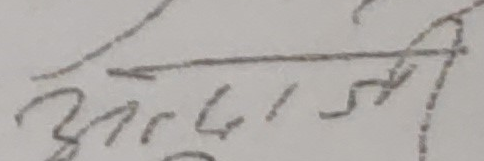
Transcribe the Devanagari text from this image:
अप्रवासिनी